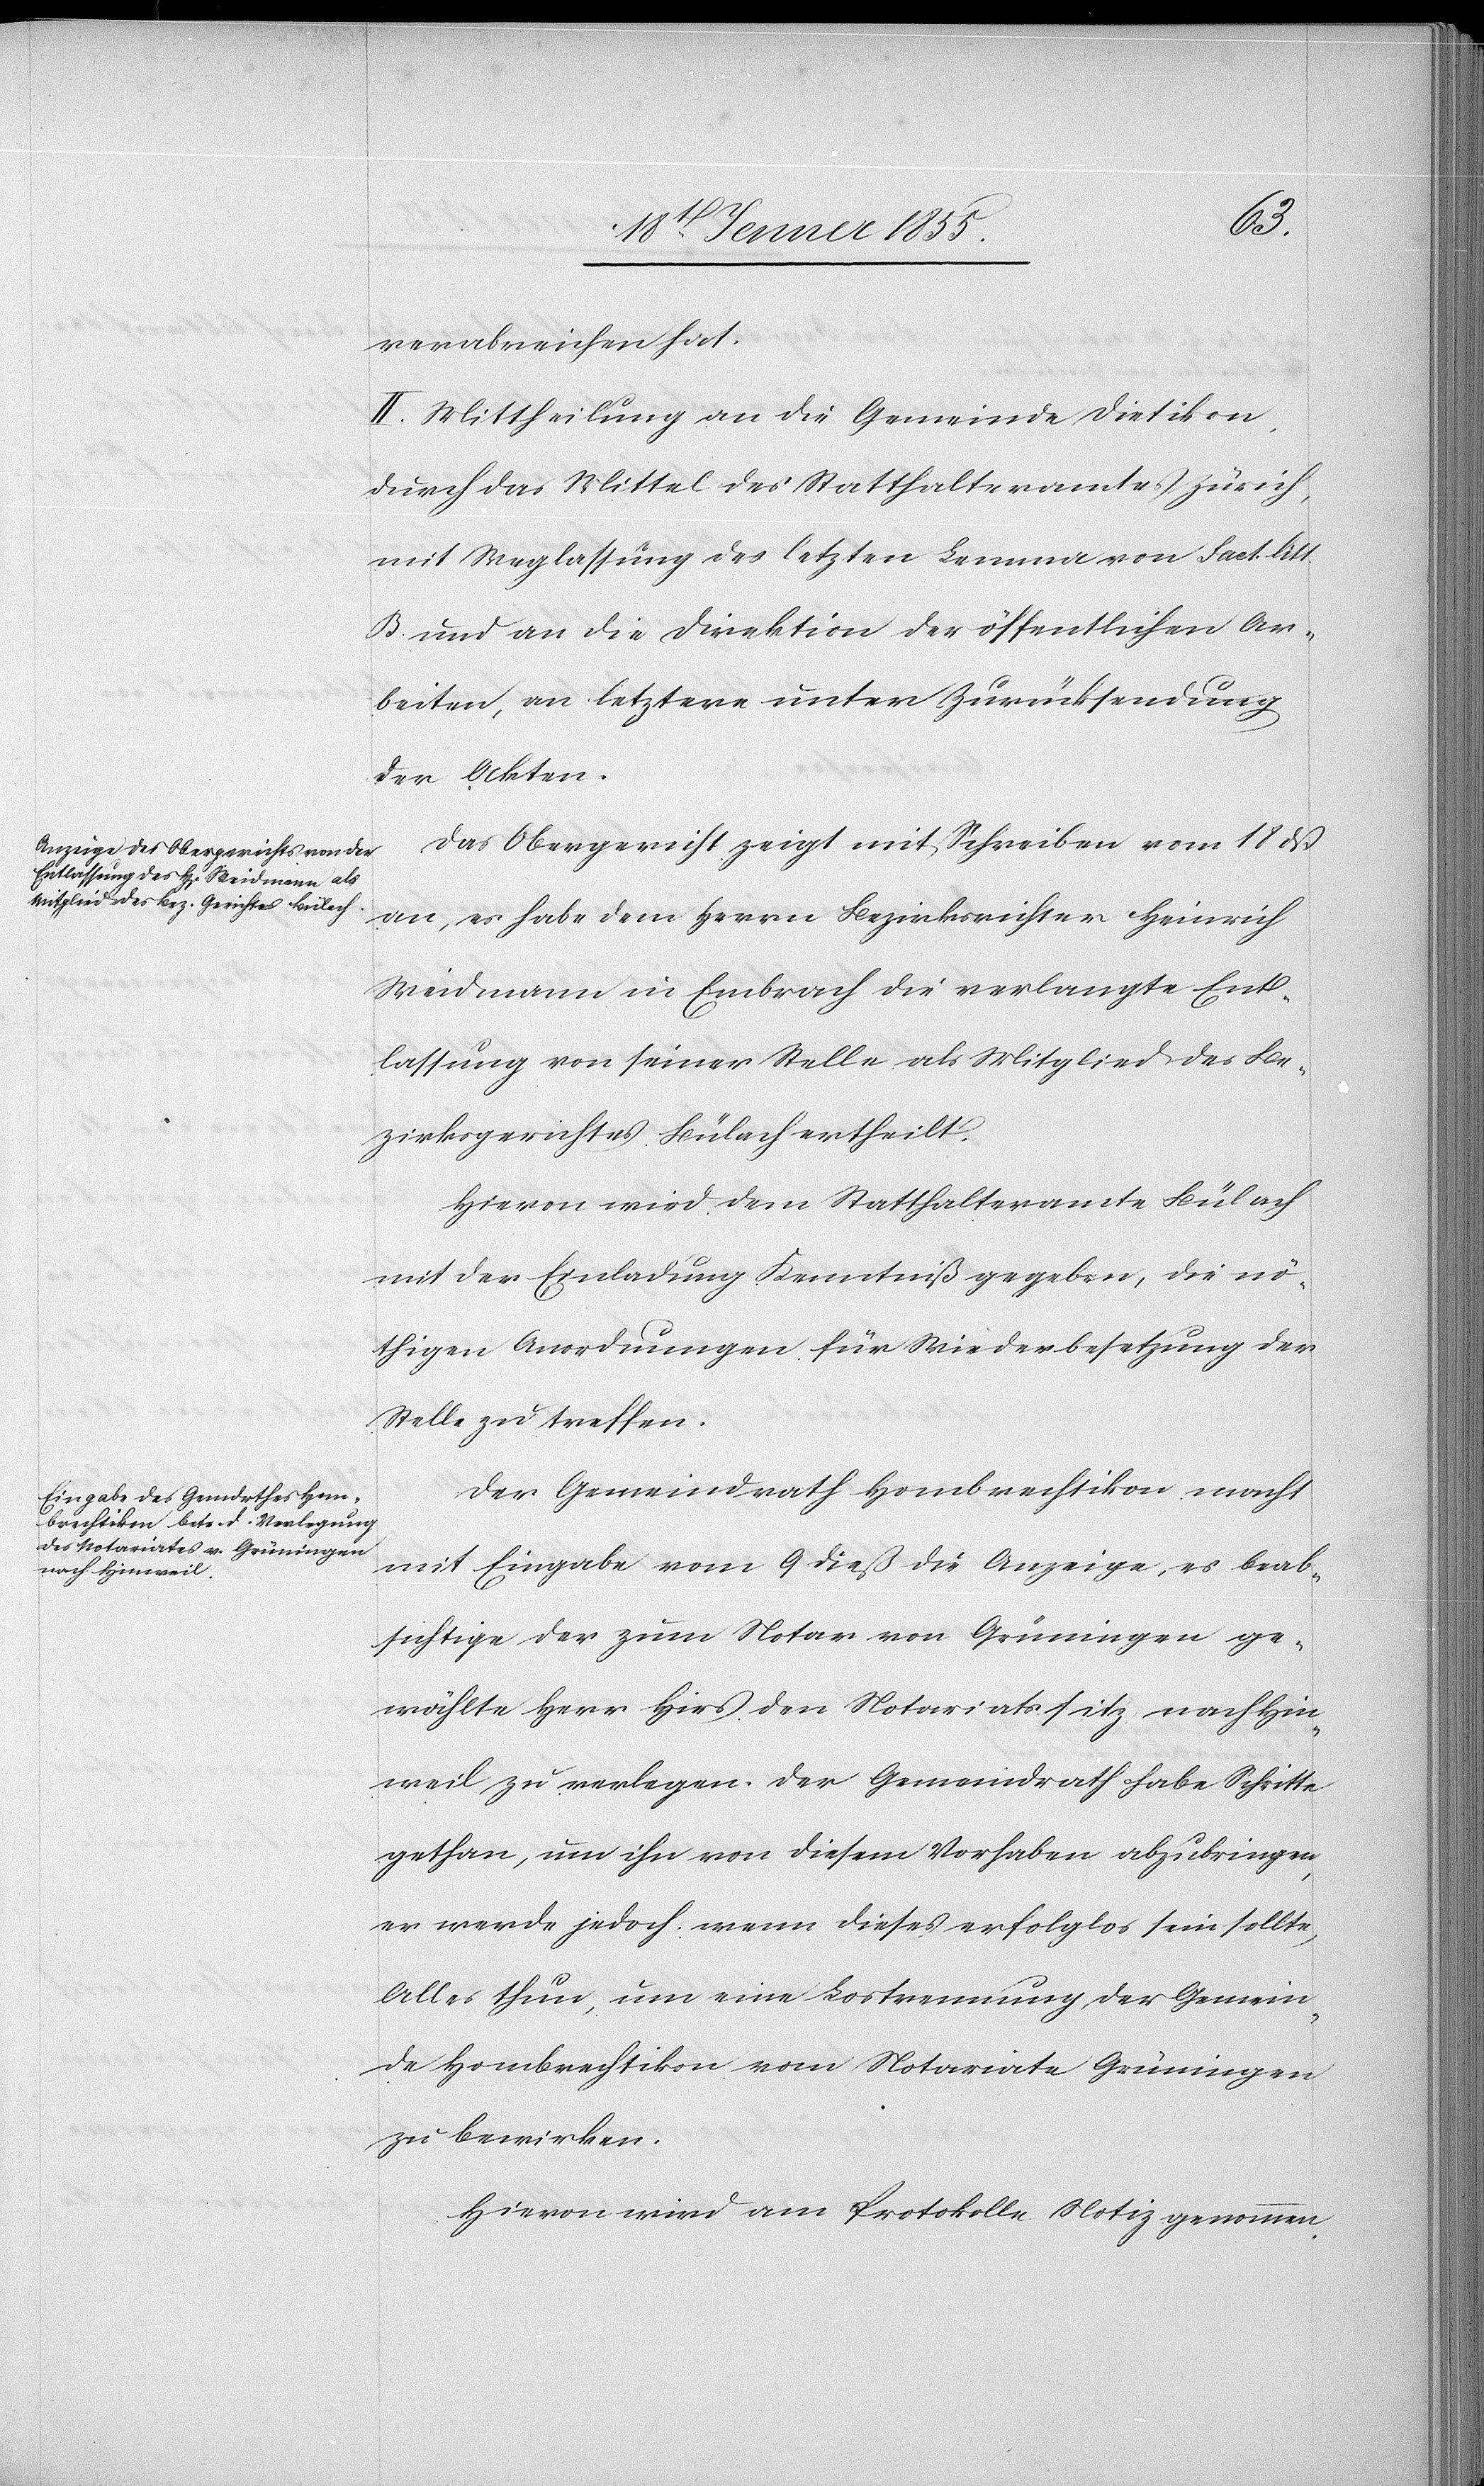
verabreichen hat.
II. Mittheilung an die Gemeinde Dietikon,
durch das Mittel des Statthalteramtes Zürich,
mit Weglassung des letzten Lemma von Fact. litt.
B. und an die Direktion der öffentlichen Ar¬
beiten, an letztere unter Zurücksendung
der Akten.
Das Obergericht zeigt mit Schreiben vom 18 dß
an, es habe dem Herrn Bezirksrichter Heinrich
Weidmann in Embrach die verlangte Ent¬
lassung von seiner Stelle als Mitglied des Be¬
zirksgerichtes Bülach ertheilt.
Hievon wird dem Statthalteramte Bülach
mit der Einladung Kenntniß gegeben, die nö¬
thigen Anordnungen für Wiederbesetzung der
Stelle zu treffen.
Der Gemeindrath Hombrechtikon macht
mit Eingabe vom 9 dieß die Anzeige, es beab¬
sichtige der zum Notar von Grüningen ge¬
wählte Herr Hirs den Notariatssitz nach Hin¬
weil zu verlegen. Der Gemeindrath habe Schritte
gethan, um ihn von diesem Vorhaben abzubringen,
er werde jedoch, wenn dieses erfolglos sein sollte,
Alles thun, um eine Lostrennung der Gemein¬
de Hombrechtikon vom Notariate Grüningen
zu bewirken.
Hievon wird am Protokoll Notiz genommen.